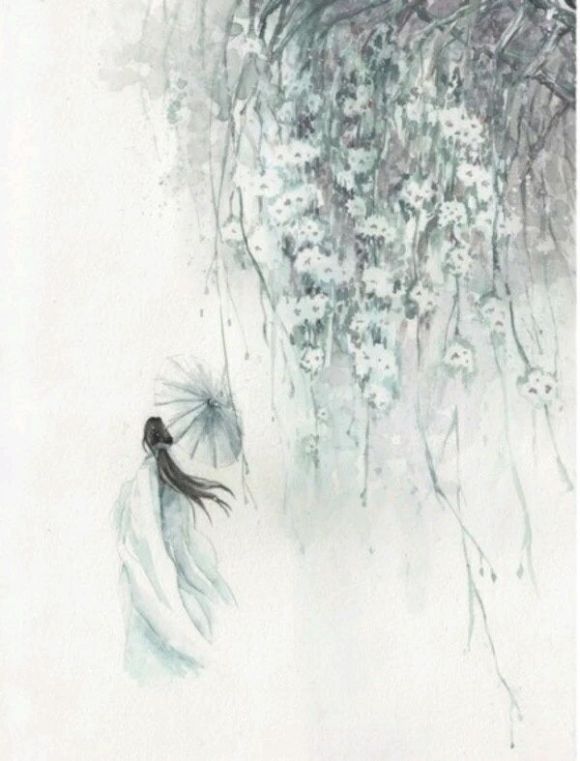
不知天上宫阙，今夕是何年。